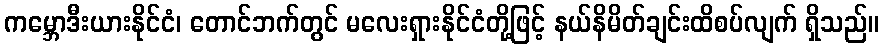
ကမ္ဘောဒီးယားနိုင်ငံ၊ တောင်ဘက်တွင် မလေးရှားနိုင်ငံတို့ဖြင့် နယ်နိမိတ်ချင်းထိစပ်လျက် ရှိသည်။